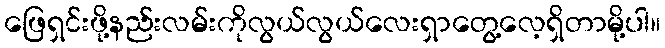
ဖြေရှင်းဖို့နည်းလမ်းကိုလွယ်လွယ်လေးရှာတွေ့လေ့ရှိတာမို့ပါ။